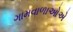
ગામવાળાઓએ